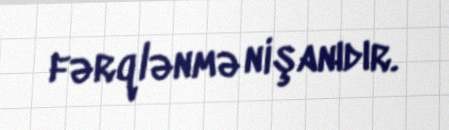
fərqlənmə nişanıdır.